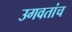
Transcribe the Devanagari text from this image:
उगवतांच